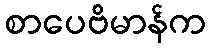
စာပေဗိမာန်က